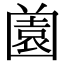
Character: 𡈤